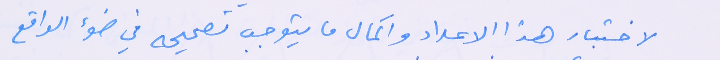
لاختبار هذا الاعداد واكمال ما يتوجب تصحيحه في ضوء الواقع